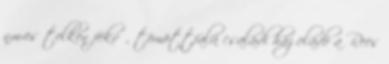
nm-es telken fekvő, tömöttfalú családi ház eladó a Rees